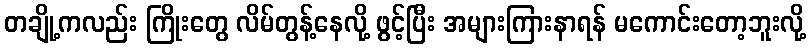
တချို့ကလည်း ကြိုးတွေ လိမ်တွန့်နေလို့ ဖွင့်ပြီး အများကြားနာရန် မကောင်းတော့ဘူးလို့